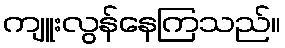
ကျူးလွန်နေကြသည်။